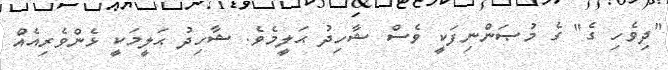
"ދިވެހި ގެ" ގެ މުޞަންނިފަކީ ވެސް ޝާހިދު ޙަލީމެވެ. ޝާހިދު ޙަލީމަކީ ޅެންވެރިއެއް